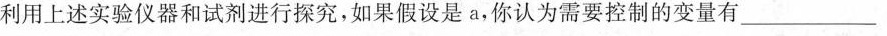
利用上述实验仪器和试剂进行探究，如果假设是a，你认为需要控制的变量有_____。